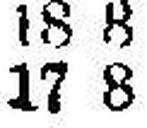
17 8